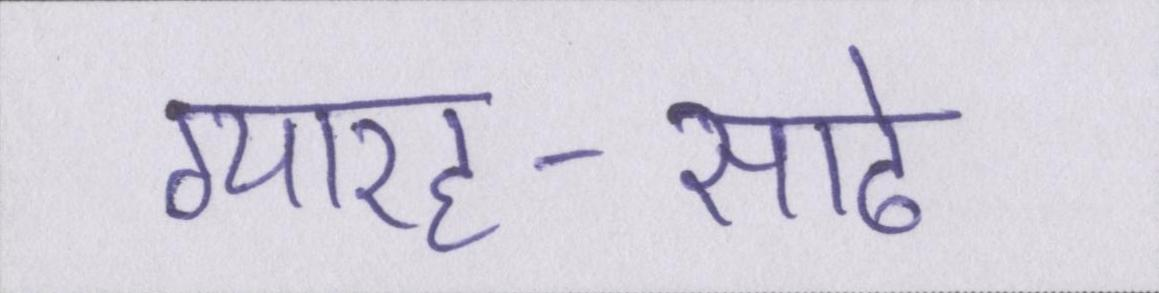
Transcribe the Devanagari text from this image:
ग्यारह-साढे